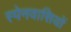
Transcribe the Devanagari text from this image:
स्‍पेनवासियों